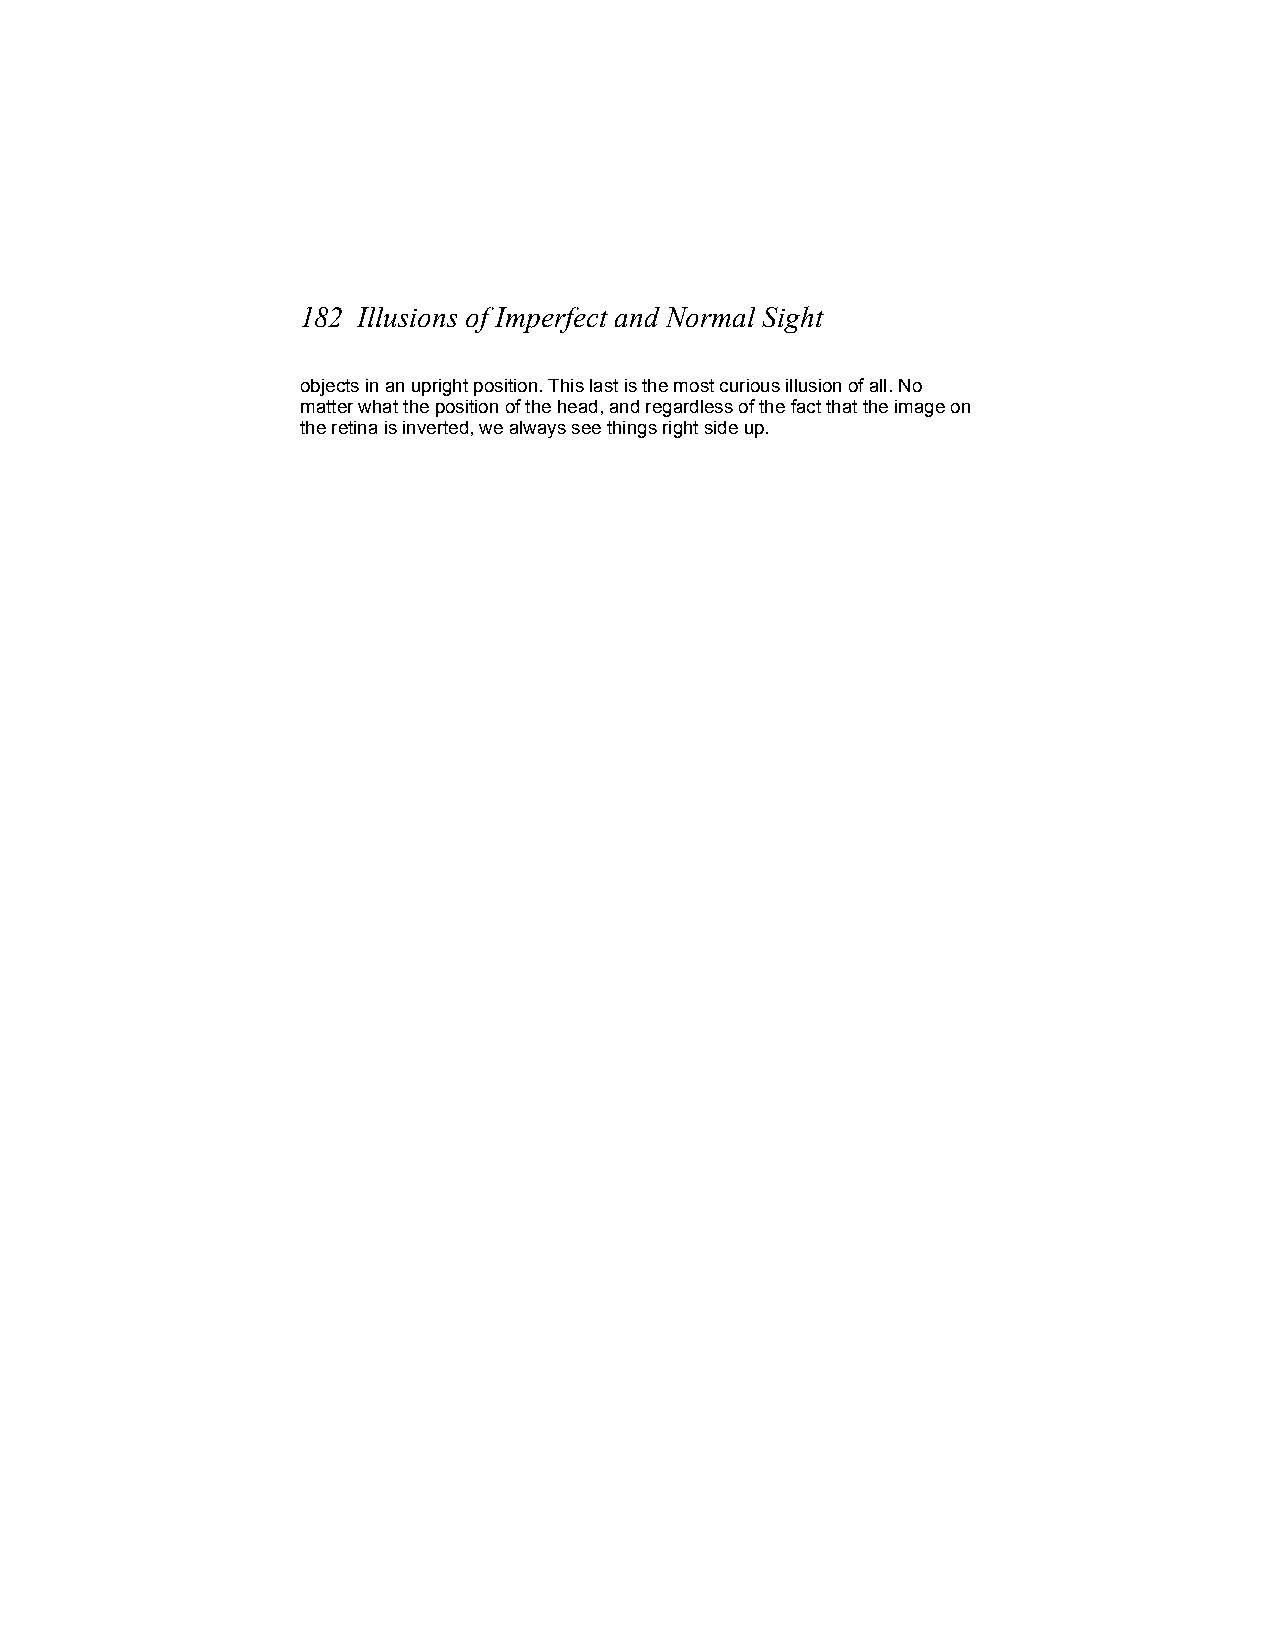
182 Illusions of Imperfect and Normal Sight
 objects in an upright position. This last is the most curious illusion of all. No
 matter what the position of the head, and regardless of the fact that the image on
 the retina is inverted, we always see things right side up.